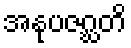
အနုပဇဂ္ဃတိ